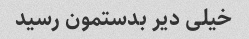
خیلی دیر بدستمون رسید